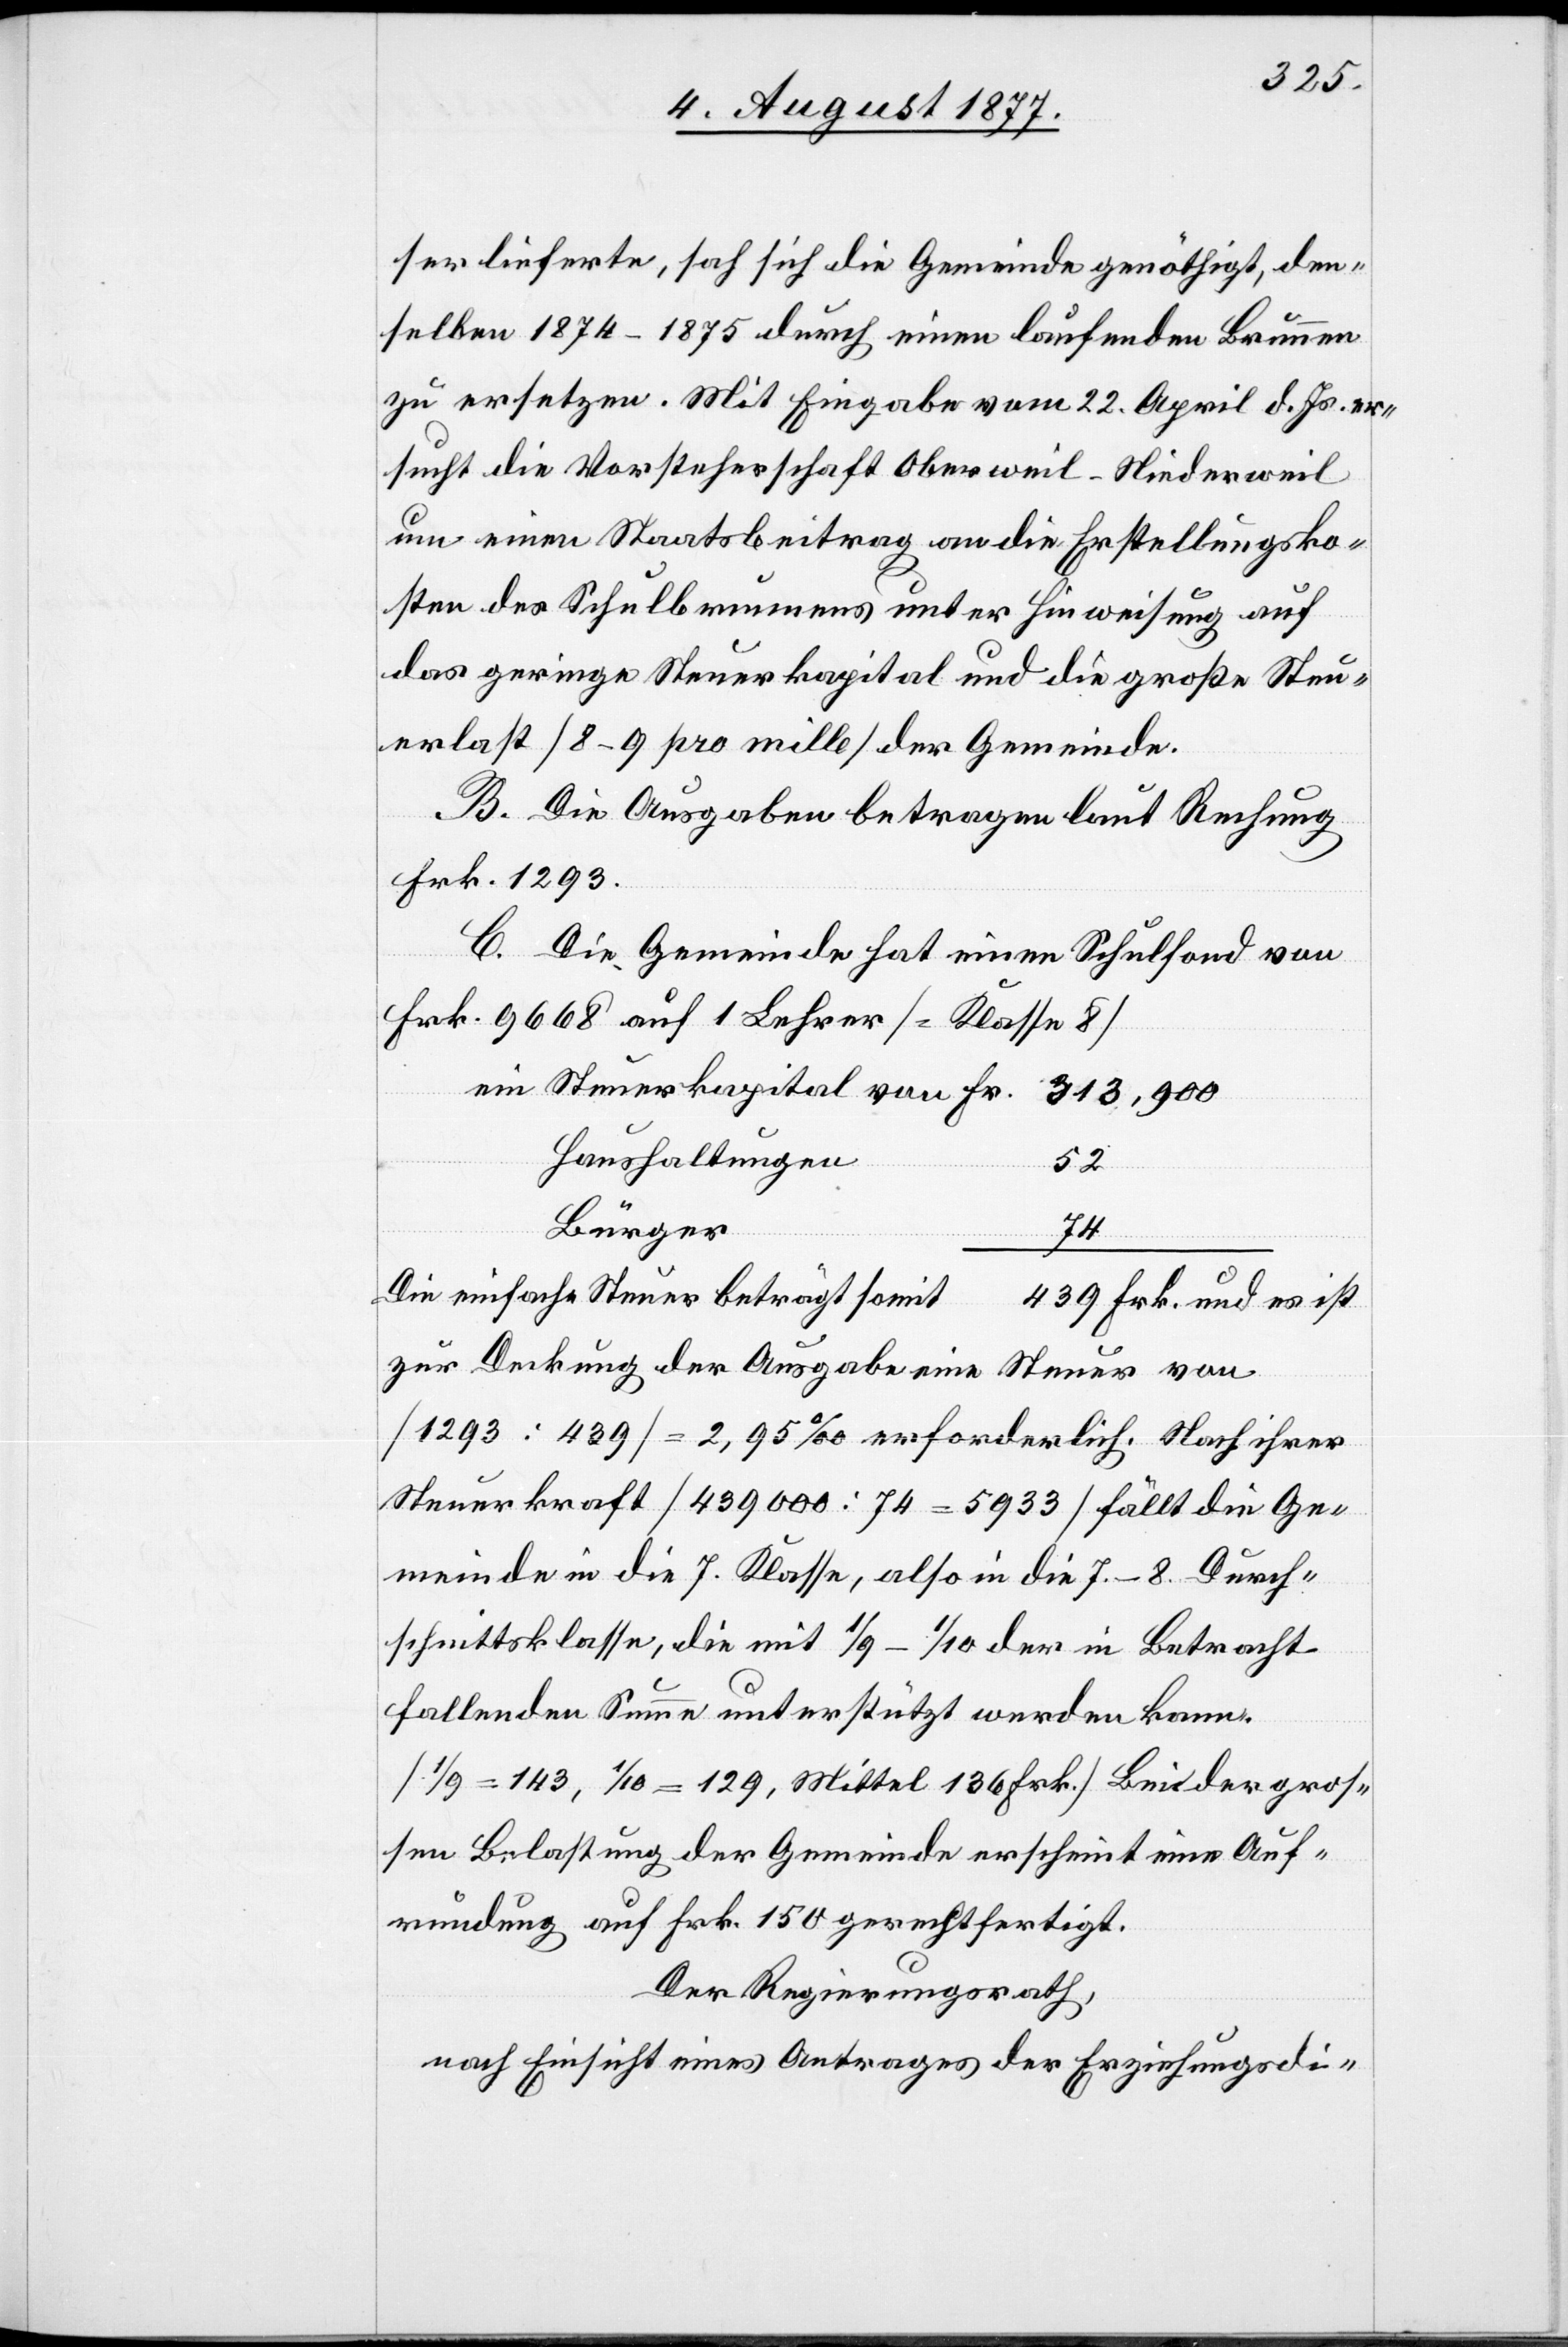
ser lieferte, sah sich die Gemeinde genöthigt, den¬
selben 1874–1875 durch einen laufenden Brunnen
zu ersetzen. Mit Eingabe vom 22. April d. Js. er¬
sucht die Vorsteherschaft Oberweil-Niederweil
um einen Staatsbeitrag an die Erstellungsko¬
sten des Schulbrunnens unter Hinweisung auf
das geringe Steuerkapital und die große Steu¬
erlast [8–9 pro mille] der Gemeinde.
B. Die Ausgaben betragen laut Rechnung
Frk. 1293.
C. Die Gemeinde hat einen Schulfond von
Frk. 9668 auf 1 Lehrer [= Klasse 8]
Haushaltungen
52
er von
Bürger
74
von
Die einfache Steuer beträgt somit
439 Frk. und es ist
[1293 : 439] = 2,95‰ erforderlich. Nach ihrer
Steuerkraft [439 000 : 74 = 5933] fällt die Ge¬
meinde in die 7. Klasse, also in die 7.–8. Durch¬
schnittsklasse, die mit 1/9–1/10 der in Betracht
fallenden Summe unterstützt werden kann.
[1/9 = 143, 1/10 = 129, Mittel 136 Frk.] Bei der gros¬
sen Belastung der Gemeinde erscheint eine Auf¬
rundung auf Frk. 150 gerechtfertigt.
Der Regierungsrath,
nach Einsicht eines Antrages der Erziehungsdi-